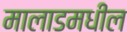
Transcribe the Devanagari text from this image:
मालाडमधील